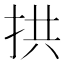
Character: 拱